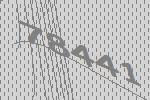
78441